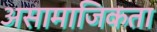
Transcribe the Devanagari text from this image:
असामाजिकता